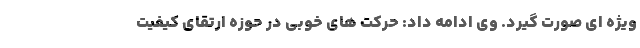
ویژه ای صورت گیرد. وی ادامه داد: حرکت های خوبی در حوزه ارتقای کیفیت